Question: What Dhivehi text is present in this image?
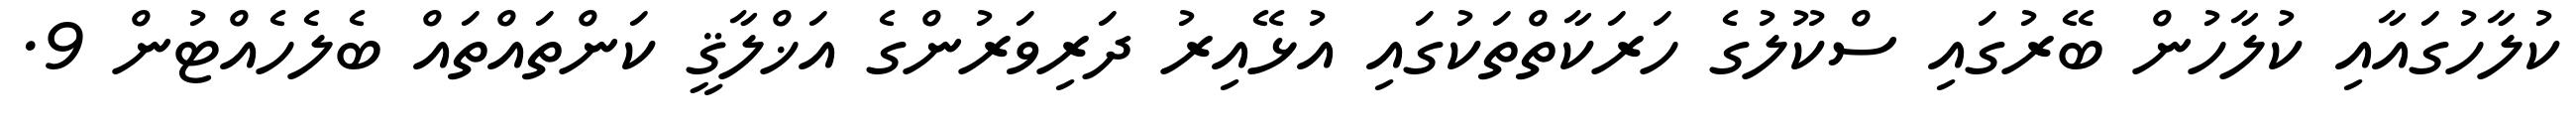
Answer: ކުލާހުގައާއި ކުލާހުން ބޭރުގައި ސްކޫލުގެ ހަރަކާތްތަކުގައި އުޅޭއިރު ދަރިވަރުންގެ އަޚްލާޤީ ކަންތައްތައް ބެލެހެއްޓުން 9.